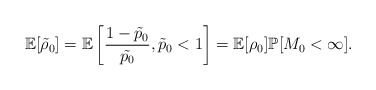
\begin{align*} \mathbb{E}[\tilde{\rho}_0]=\mathbb{E}\left[\frac{1-\tilde{p}_0}{\tilde{p_0}}, \tilde{p}_0<1\right]=\mathbb{E}[\rho_0] \mathbb{P}[M_0<\infty]. \end{align*}